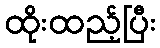
ထိုးထည့်ပြီး